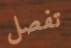
تفصل